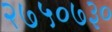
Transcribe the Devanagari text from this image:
२७५०७३०